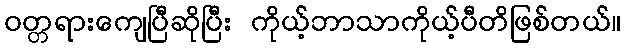
ဝတ္တရားကျေပြီဆိုပြီး ကိုယ့်ဘာသာကိုယ့်ပီတိဖြစ်တယ်။